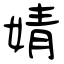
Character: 婧